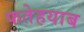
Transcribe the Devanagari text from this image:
फतेहयाब